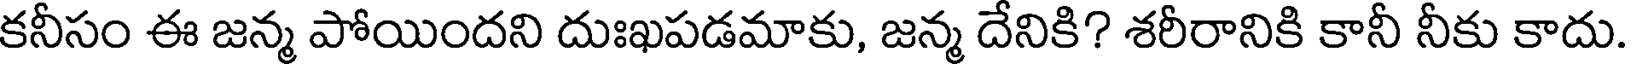
కనీసం ఈ జన్మ పోయిందని దుఃఖపడమాకు, జన్మ దేనికి? శరీరానికి కానీ నీకు కాదు